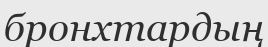
бронхтардың